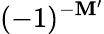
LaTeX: (-1)^{-\mathbf{M}^{\prime}}